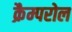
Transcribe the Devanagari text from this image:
क्रैम्परोल